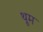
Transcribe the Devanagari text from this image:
थूम